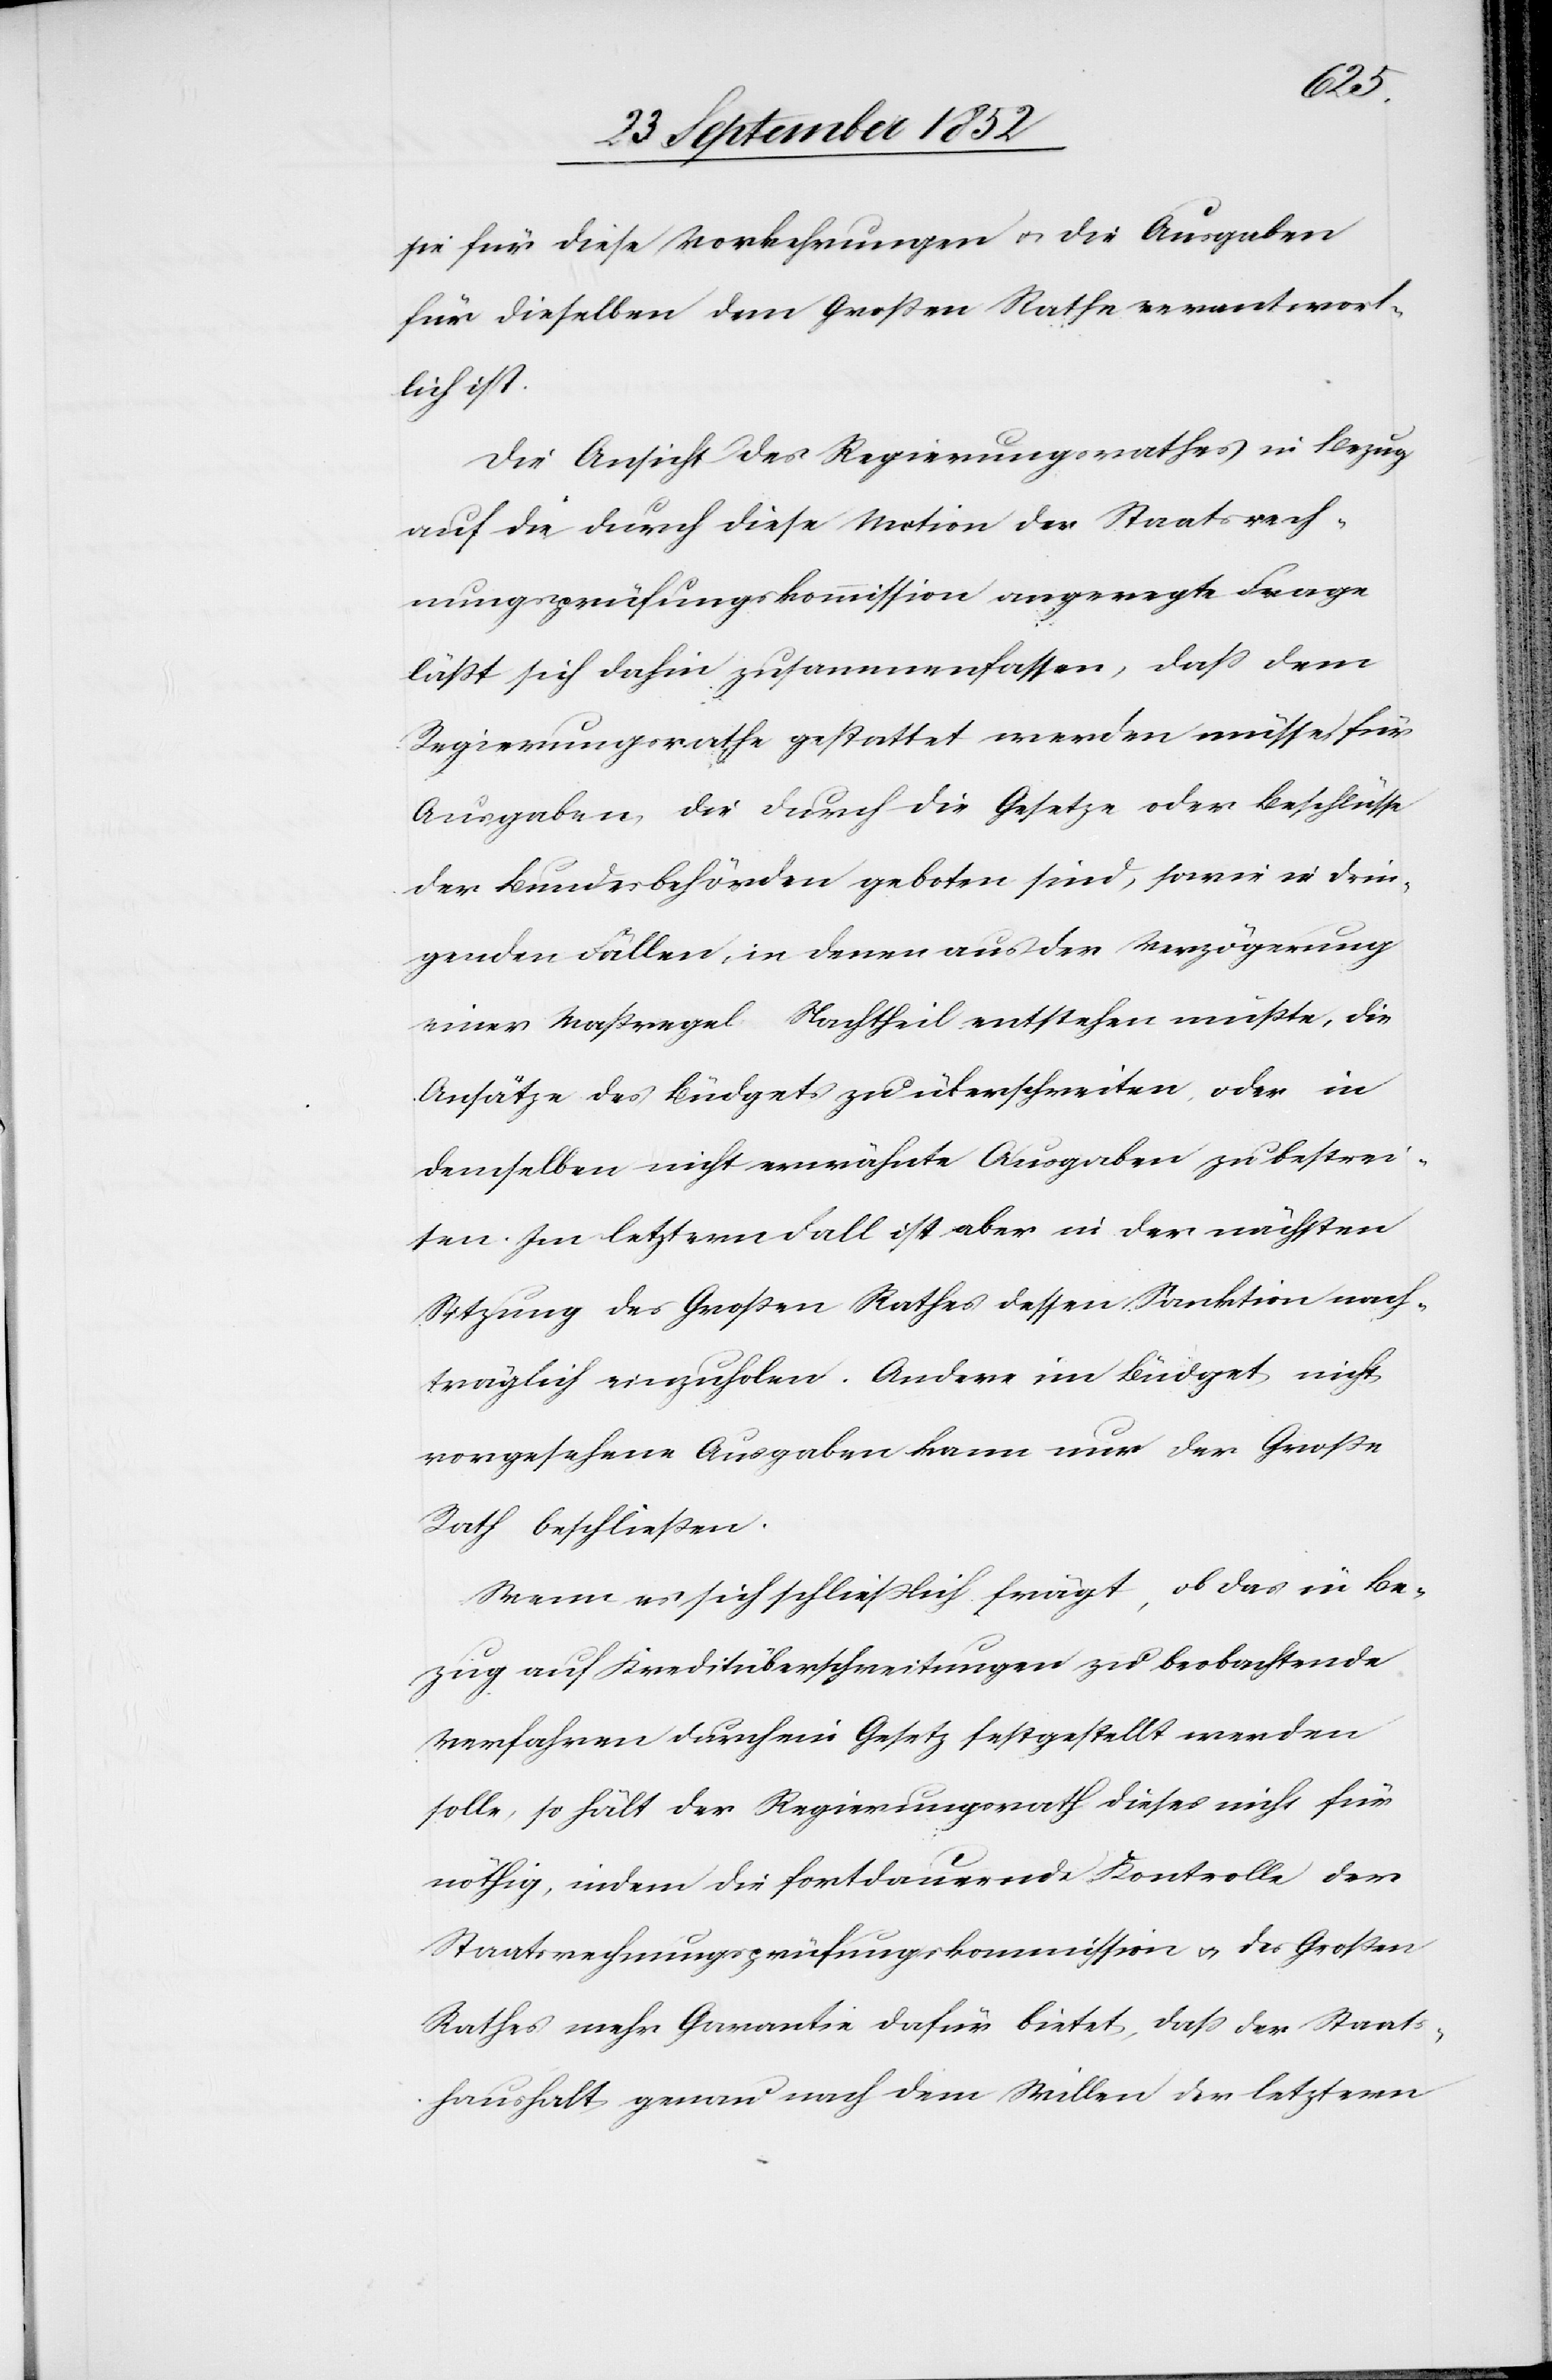
sie für diese Vorkehrungen & die Ausgaben
für dieselben dem Großen Rathe verantwort¬
lich ist.
Die Ansicht des Regierungsrathes in Bezug
auf die durch diese Motion der Staatsrech¬
nungsprüfungskommission angeregte Frage
läßt sich dahin zusammenfassen, dass dem
Regierungsrathe gestattet werden müsse, für
Ausgaben die durch die Gesetze oder Beschlüsse
der Bundesbehörden geboten sind, sowie in drin¬
genden Fällen, in denen aus der Verzögerung
einer Maßregel Nachtheil entstehen müßte, die
Ansätze des Büdgets zu überschreiten, oder in
demselben nicht erwähnte Ausgaben zu bestrei¬
ten. Im letztern Fall ist aber in der nächsten
Sitzung des Großen Rathes dessen Sanktion nach¬
träglich einzuholen. Andere im Büdget nicht
vorgesehene Ausgaben kann nur der Große
Rath beschließen.
Wenn es sich schließlich frägt, ob das in Be¬
zug auf Kreditüberschreitungen zu beobachtende
Verfahren durch ein Gesetz festgestellt werden
solle, so hält der Regierungsrath dieses nicht für
nöthig, indem die fortdauernde Kontrolle der
Staatsrechnungsprüfungskommission & des Großen
Rathes mehr Garantie dafür bietet, dass der Staats¬
haushalt genau nach dem Willen der letztern